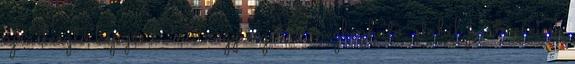
újraélesztő képzés Önt, vagy cégét is megbízható, stabil partnereink